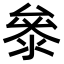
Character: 𭆤